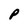
Character: P